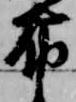
布